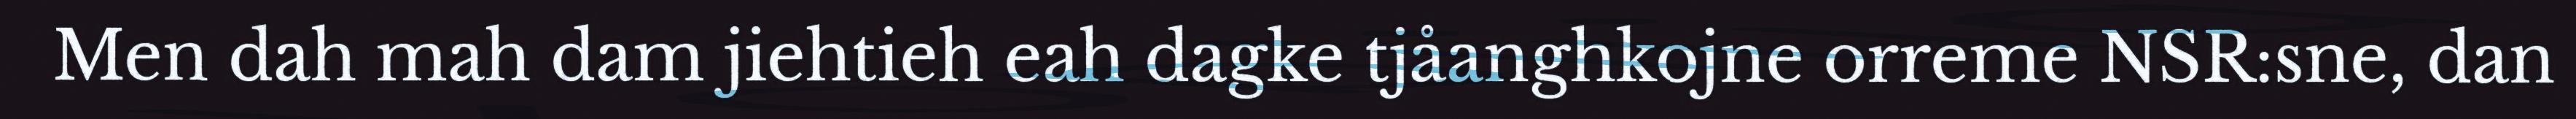
Men dah mah dam jiehtieh eah dagke tjåanghkojne orreme NSR:sne, dan